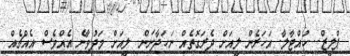
ޕްލީޒް.. ހުއްޓާލާ. އަހަރެން ލީއަށް ދެރަގޮތެއް ނަހަދާނަން. ލީއަށް މަދުވާނެ އެއްވެސް އެއްޗެއް